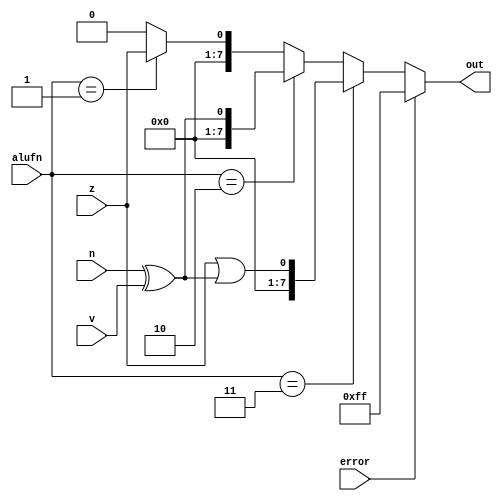
module comparator_5 (
    input z,
    input n,
    input v,
    input [1:0] alufn,
    output reg [7:0] out,
    input error
  );
  
  
  
  always @* begin
    out = 1'h0;
    if (alufn == 2'h1) begin
      out = z;
    end
    if (alufn == 2'h2) begin
      out = n ^ v;
    end
    if (alufn == 2'h3) begin
      out = z | (n ^ v);
    end
    if (error) begin
      out = 8'hff;
    end
  end
endmodule